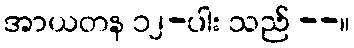
အာယတန ၁၂-ပါး သည် --။